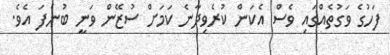
ފަހުގެ ވަގުތެއްގައި ވެސް އެކަން ކުރެވިދާނެ ކަމަށް ސުޒޭން ވަނީ ބުނެފަ އެވެ.